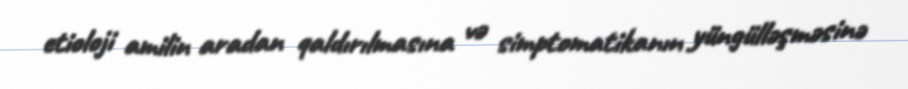
etioloji amilin aradan qaldırılmasına və simptomatikanın yüngülləşməsinə